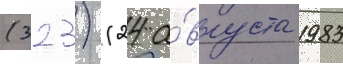
(323) (24 а́вгуста 1983